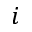
i